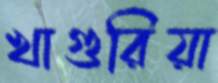
খাগুরিয়া